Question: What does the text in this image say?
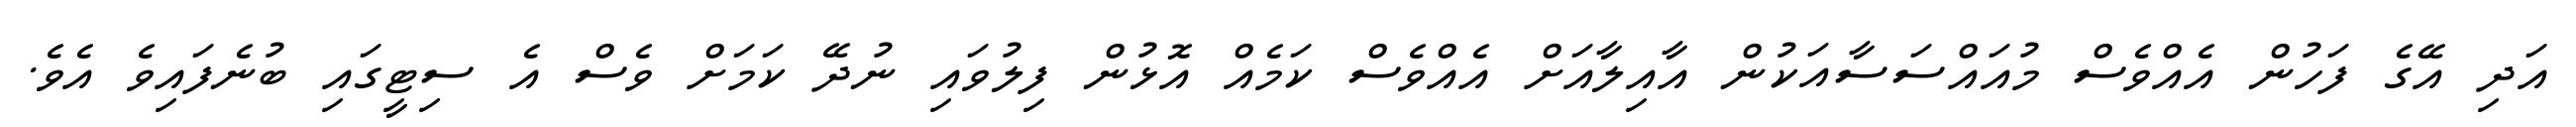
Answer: އަދި އޭގެ ފަހުން އެއްވެސް މުއައްސަސާއަކުން އާއިލާއަށް އެއްވެސް ކަމެއް އޮޅުން ފިލުވައި ނުދޭ ކަމަށް ވެސް އެ ސިޓީގައި ބުނެފައިވެ އެވެ.